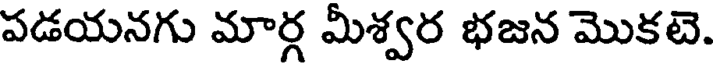
పడయనగు మార్గ మీశ్వర భజన మొకటె.